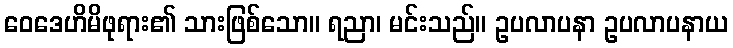
ဝေဒေဟိမိဖုရား၏ သားဖြစ်သော။ ရညာ၊ မင်းသည်။ ဥပလာပနာ ဥပလာပနာယ